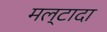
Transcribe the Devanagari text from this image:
मल्टादा